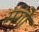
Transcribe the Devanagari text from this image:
मंगो